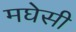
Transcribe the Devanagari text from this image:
मघेसी